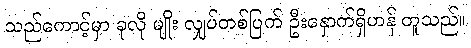
သည်ကောင့်မှာ ခုလို မျိုး လျှပ်တစ်ပြက် ဦးနှောက်ရှိဟန် တူသည်။